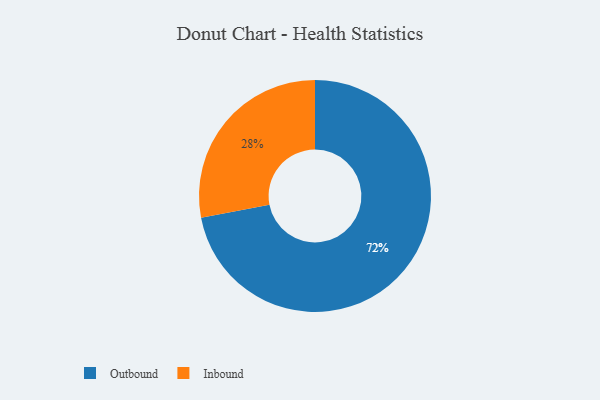
{"axis": {"x": "Category", "y": "Percentage"}, "legend": ["Inbound", "Outbound"], "data": [{"x": "Inbound", "y": 28, "type": "Inbound"}, {"x": "Outbound", "y": 72, "type": "Outbound"}]}